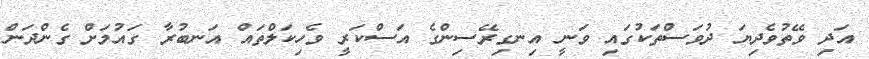
އަދި ވޭތުވެދިޔަ ދުވަސްތަކުގައި ވަނީ އިނގިރޭސިންގެ އަސްކަރީ ވެހިކަލްތައް އަނބުރާ ގައުމަށް ގެންދަން